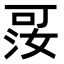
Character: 𪡑